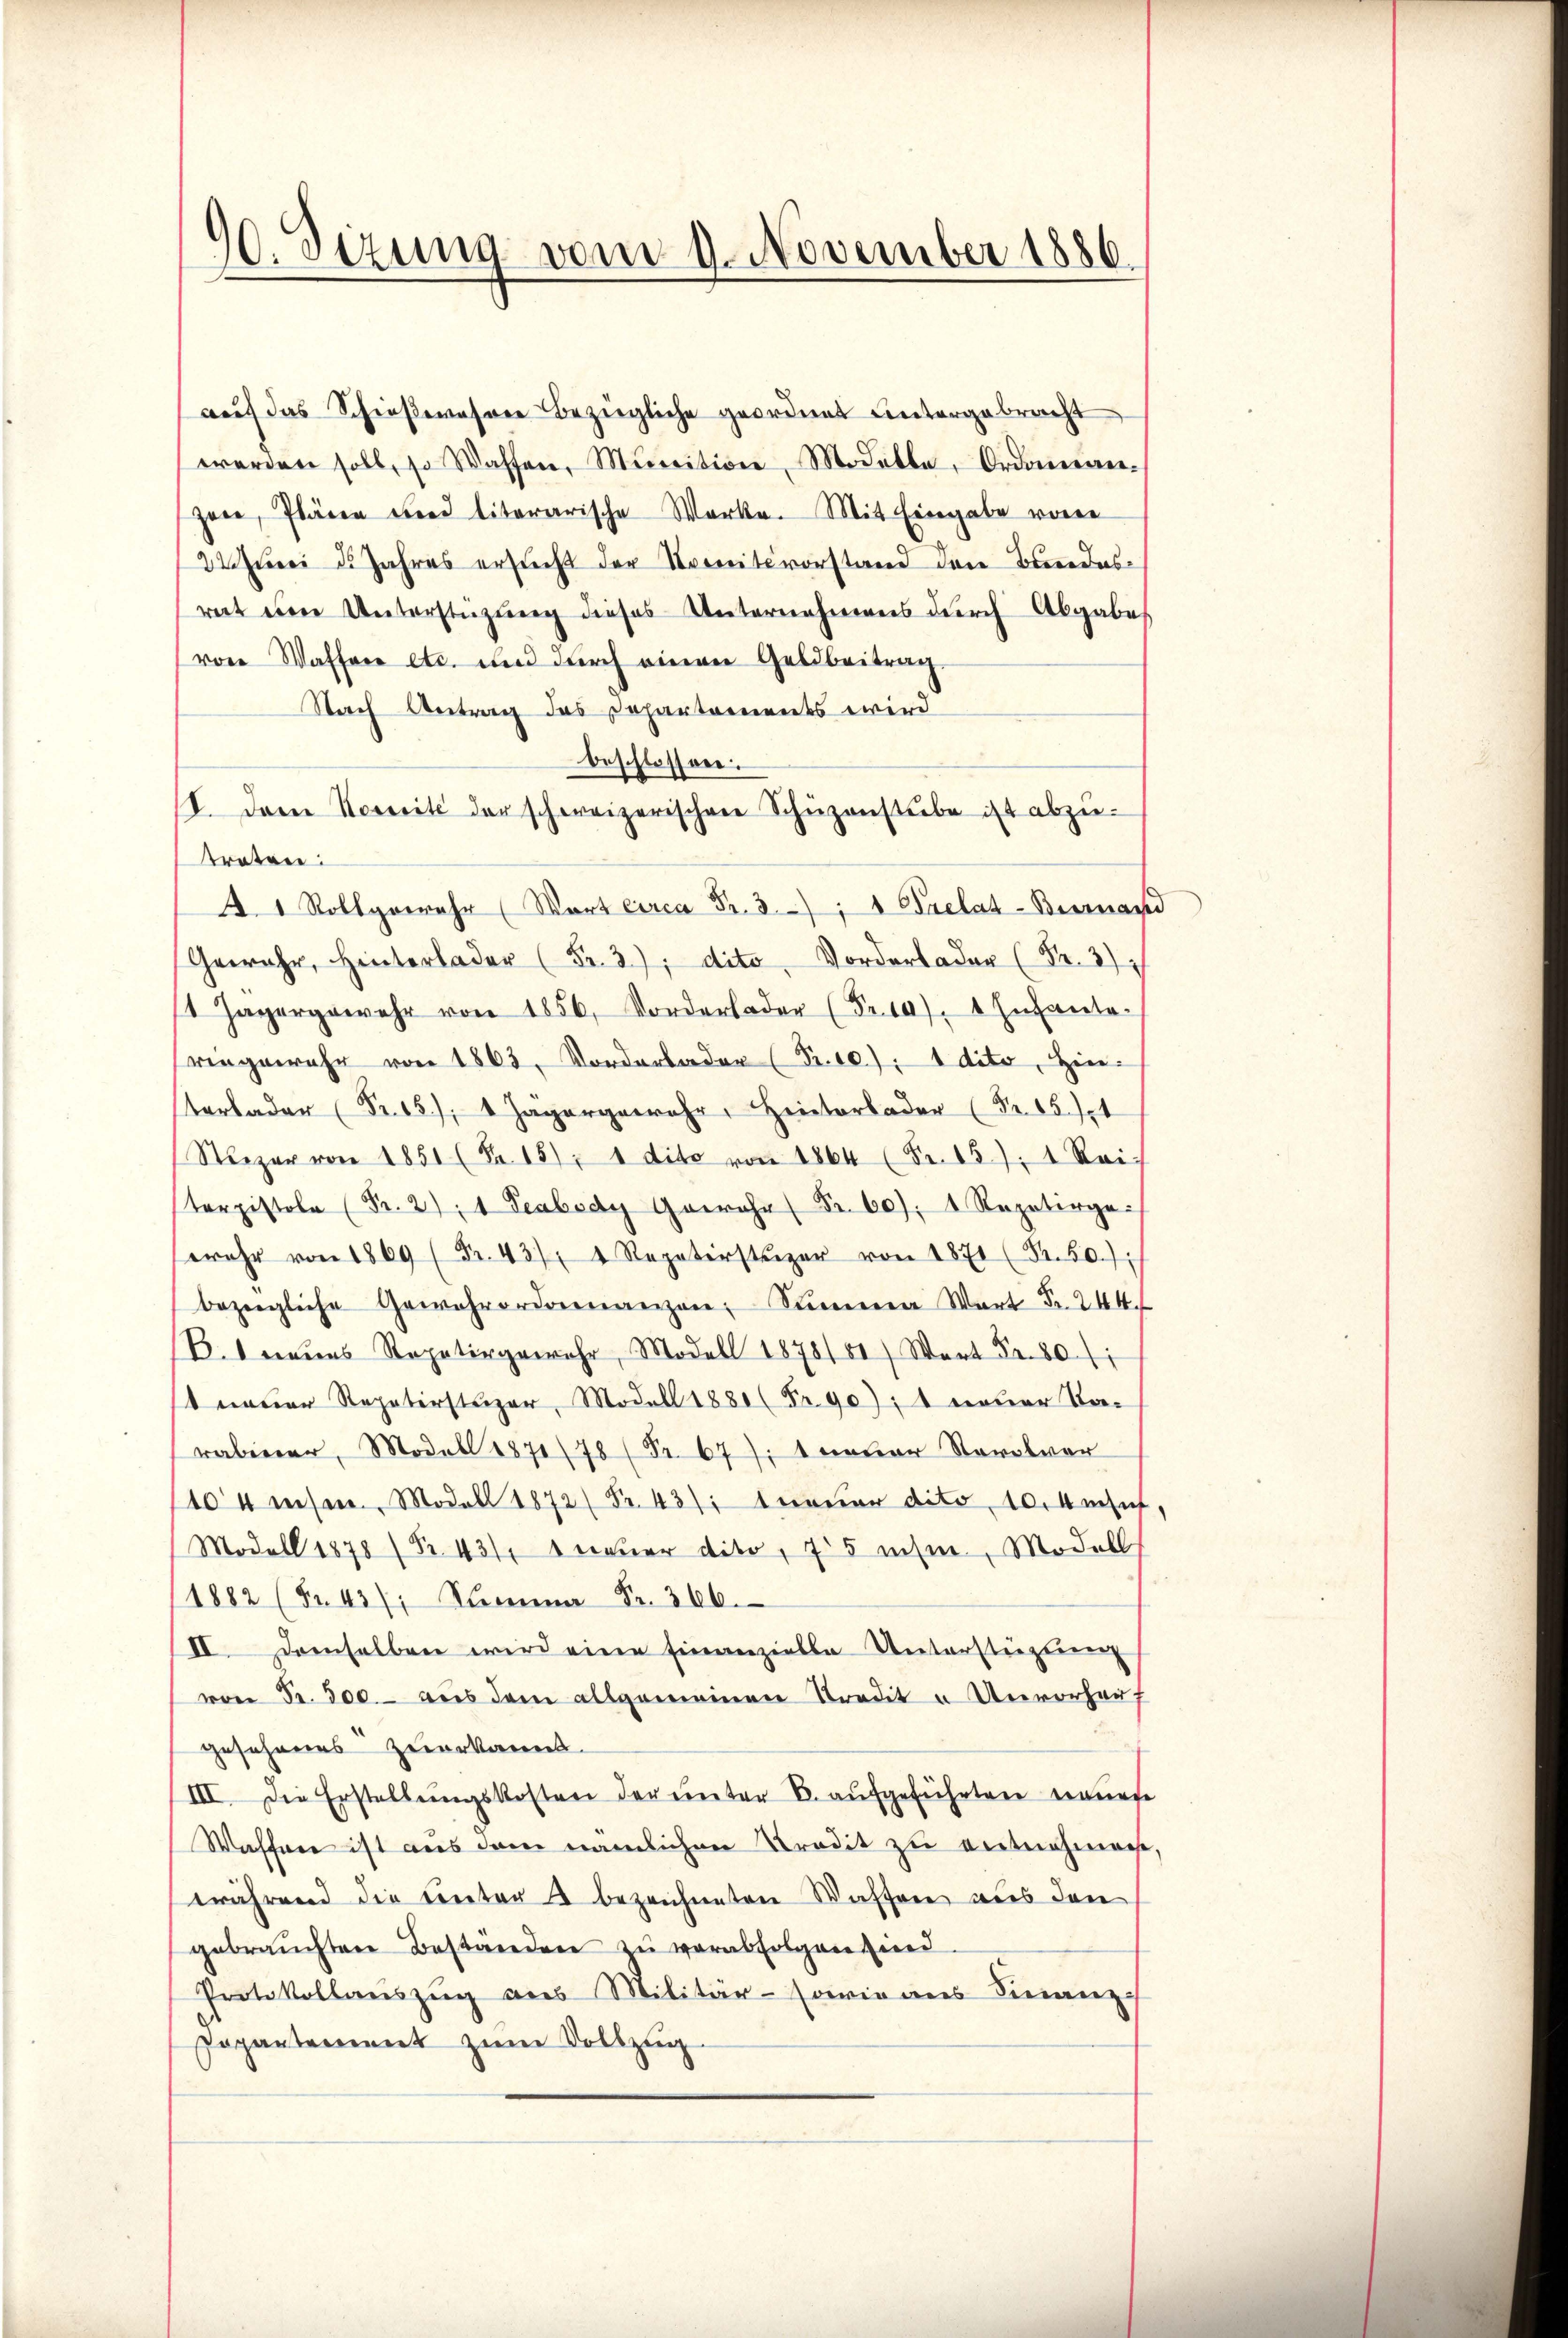
)
d. Sizung vom 9. November 1886.
J

auf das Schießewahren bezügliche geordnet untergebracht
werden soll, so Waffen, Munition, Modelle Ordonan-
zeer, Plären und literarische Werke. Mit Eingabe vorer
22 Juni d. Jahres ersucht der Vereitsvorstand den Bundesrait eine Unterstüzung dieses Unternehmens durch Abgabes
von Wassere etc. und durch einen Geldbeitrag
Nach Antrag des Departements wird
beschlossen:
I. Dem Nessité der schweizerischen Schŭzanstŭbe ist abzŭ-
traten:
A 1 Rollgewahr (Wart circa Fr. 3, 1 Prelat-Biernand
.
1 Jägergewehr von 1856, Vorderloder (Fr. 10). Infante-
ringewahr von 1863, Vorderbader (Pr.10). 1 deto, Hinterbader Fr. 1 Jägergewahr, Heiterbader (Fr. 15 t
Neger von 1851 (Fr. 15); 1 dito von 1864 (Fr. 15), 1 Rei-
toristole (Fr. 27, 1 Peabedy Gewahr Fr. 60), 1 Repetirge
wehr von 1869 ( Fr. 437, 4 Repaterstüzer von 1871 (S. 50.):
bezügliche Gewahrordonnanzen Summa Wart Fr. 244.
B.1 neues Repetirgewahr, Modell 1878/81) Wart Fr. 801
st neuer Repaterstüzer, Modell 1880 (Fr. 90); 1 neuer Sta-
rabiner, Modell 1877/78 (Nr. 67; 1 neuer Stevolvor
104 insen, Modell 1872 Fr. 437 neuer dito 10. Ansich,
Modell 1878 (Nr. 431, 1 neuer dito, 725 ihm, Modell
1882 (Fr 43/ Komma Fr. 360.
II. Demselben wird eine Einanzielle Unterstüzung
von Fr. 300. aus dem allgemeinen Tradit à Unvorhauf
gesehenes zuerkannt.
III. Die Erstellŭngskosten der unter B. aŭfgeführten neuere
Waffeer ist aus dem nämlichen Kredit zu entnehmache,
während die unter 2 bezeichneten Waffen aus den
gebrauchten Bestanden zŭ verabfolgen sind
Protokollaŭszŭg ans Militär- sowie aus Finanz
Popartement zum Vollzug.